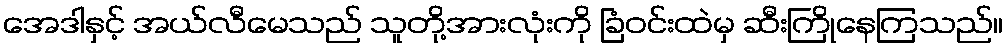
အေဒါနှင့် အယ်လီမေသည် သူတို့အားလုံးကို ခြံဝင်းထဲမှ ဆီးကြိုနေကြသည်။